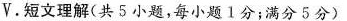
V.短文理解(共5小题,每小题1分;满分5分)